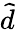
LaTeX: \widetilde{d}